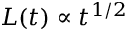
L ( t ) \propto t ^ { 1 / 2 }